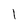
Character: l